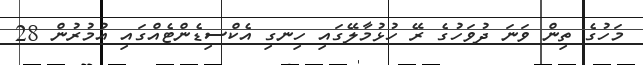
މަހުގެ ތިން ވަނަ ދުވަހުގެ ރޭ ހުޅުމާލޭގައި ހިނގި އެކްސިޑެންޓެއްގައި އުމުރުން 28